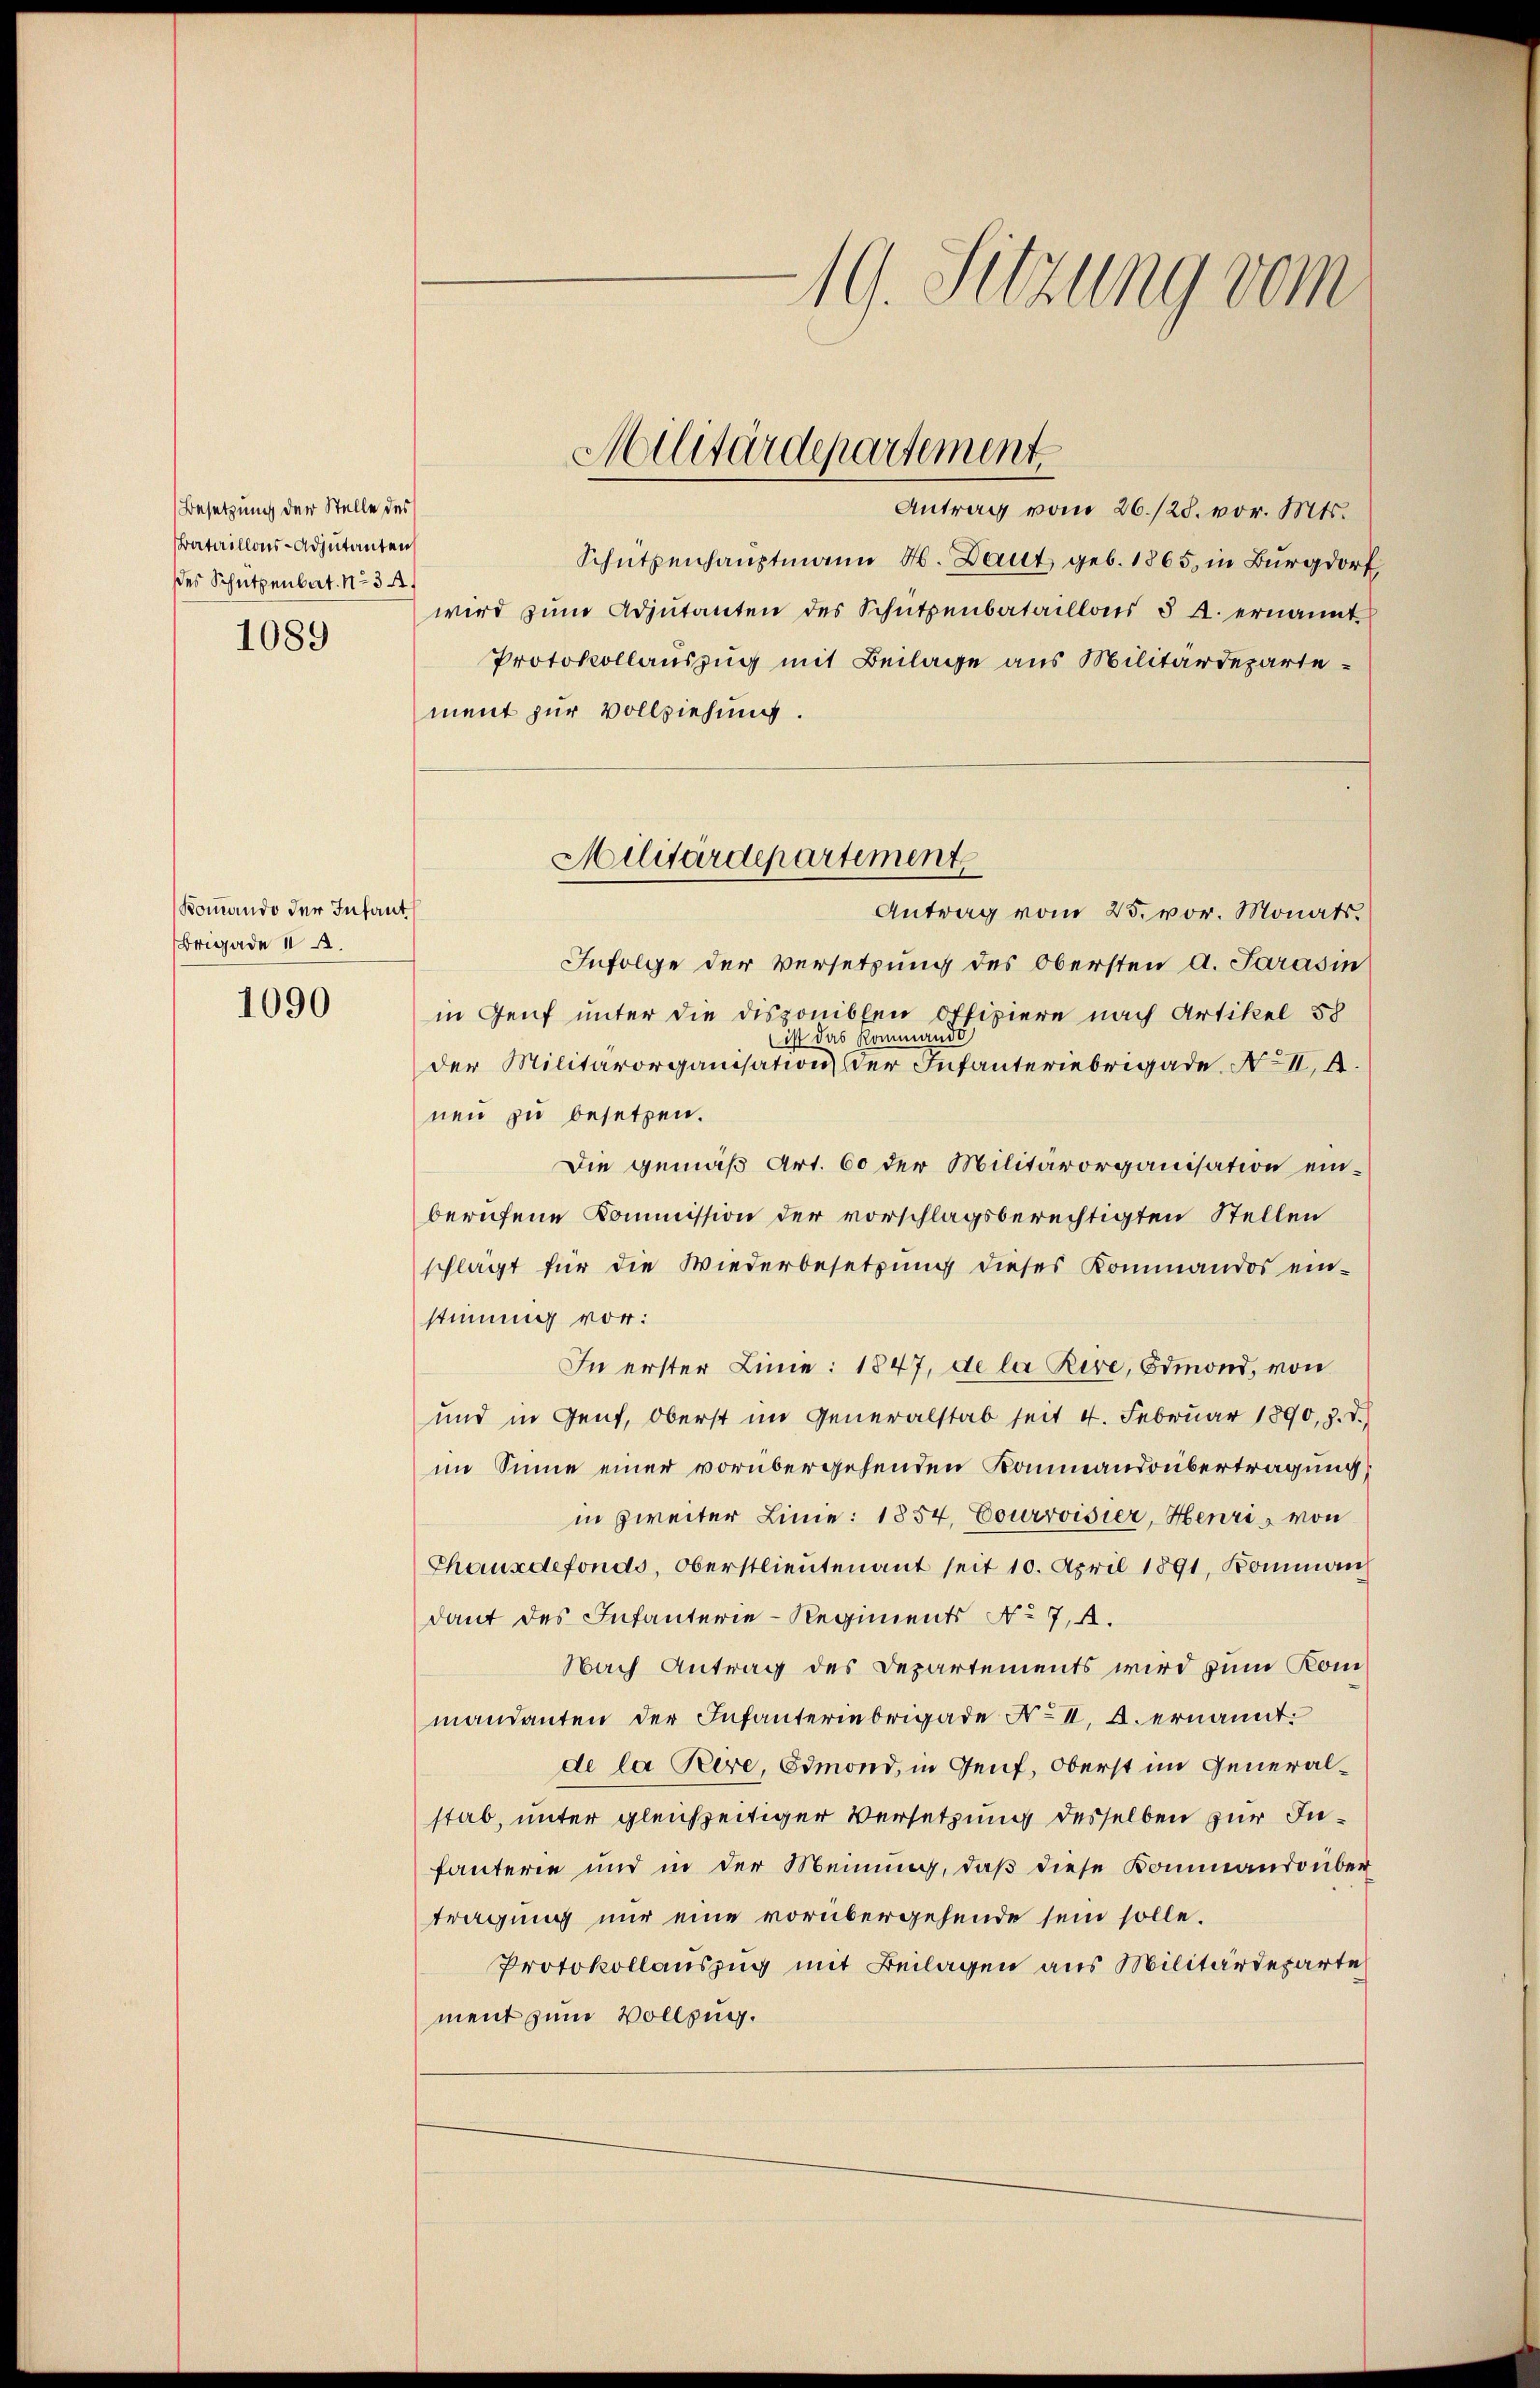
Besetzung der Stelle des
Bataillons-Adjutanten
des Schützenbat. No 34.
1089

Kommando der Infant
Brigade 12.

1090

19. Sitzung vom

Antrag vom 26./28. vor. Mts.
Schützenhauptmann 4. Daut geb. 1865, in Burgdorf
wird zŭm Adjutanten des Schützenbataillons § 4. ernannt
Protokollauszug mit Beilage aus Militärdepartement zur Vollziehung.
Infolge der Versetzung des Obersten A. Sarasin
in Genf unter die disponiblen Offiziere nach Artikel 58
ist das Kommando
der Militärorganisation der Infanteriebrigade No II. 4
nen zu besetzen.
Die gemäß Art. 60 der Militärorganisation einberufene Kommission der vorschlagsberechtigten Stellen
schlägt für die Wiederbesetzung dieses Kommandos ein-
stimmig vor:
In erster Linie: 1847, de la Rire, Ormond, von
und in Genf, Oberst im Generalstab seit 4. Februar 1890, z. T.)
im Sinne einer vorübergehenden Kammandoübertragung,
in zweiter Linie: 1854, Courvoisier, Henri von
Chauxdefonds, Oberstlieutenant seit 10. April 1891, Komman
dant des Infanterie-Regiments No 74.
Nach Antrag des Departements wird zum Kommandanten der Infanteriebrigade No II. A. ernannt:
de la Peere, Simond, in Genf, Oberst im Generalstab, unter gleichzeitiger Versetzung desselben zur Infauterie und in der Meinung, daß diese Kommandonber
tragung nur eine vorübergehende sein solle.
Protokollauszug mit Beilagen aus Militärdeparte
ment zum Vollzug.

Militärdepartement

Militärdepartement
Antrag vom 25. vor. Monats.